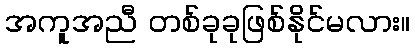
အကူအညီ တစ်ခုခုဖြစ်နိုင်မလား။